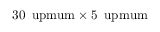
3 0 \, \mathrm { \ u p m u m } \times 5 \, \mathrm { \ u p m u m }